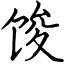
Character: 馂